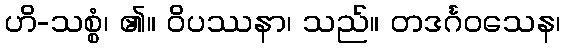
ဟိ-သစ္စံ၊ ၏။ ဝိပဿနာ၊ သည်။ တဒင်္ဂဝသေန၊